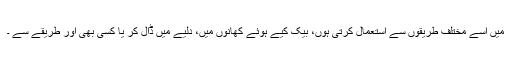
میں اسے مختلف طریقوں سے استعمال کرتی ہوں، بیک کیے ہوئے کھانوں میں، دلیے میں ڈال کر یا کسی بھی اور طریقے سے ۔